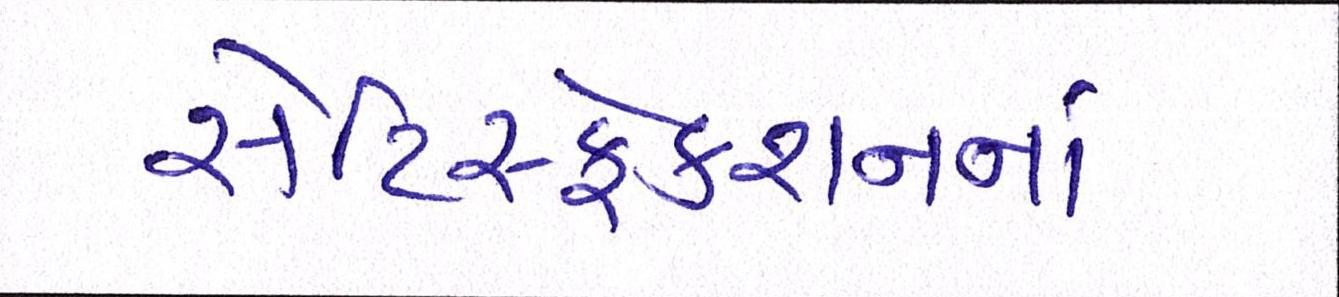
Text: સેટિસ્ફેક્શનનાં